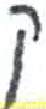
אות: ק